Report of the Indian Hemp Drugs Commission, 1894-1895 - Volume VIII
Year: 1894
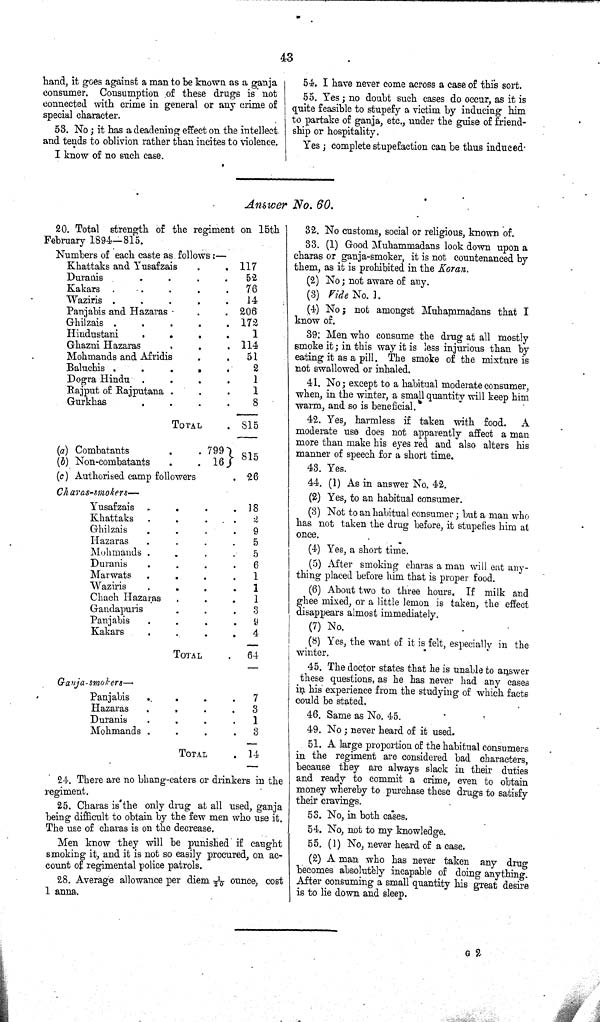
43
hand, it goes against a man to be known as a ganja
consumer. Consumption of these drugs is not
connected with crime in general or any crime of
special character.
53. No; it has a deadening effect on the intellect
and tends to oblivion rather than incites to violence.
I know of no such case.
54. I have never come across a case of this sort.
55. Yes; no doubt such cases do occur, as it is
quite feasible to stupefy a victim by inducing him
to partake of ganja, etc., under the guise of friend-
ship or hospitality.
Yes; complete stupefaction can be thus induced
Answer No. 60.
20. Total strength of the regiment on 15th
February 1894-815.
Numbers of each caste as follows:—
Khattaks and Yusafzais
117
Duranis
52
Kakars
76
Waziris
14
Panjabis and Hazaras
206
Ghilzais
172
Hindustani
1
Ghazni Hazaras
114
Mohmands and Afridis
51
Baluchis
2
Dogra Hindu
1
Rajput of Rajputana
1
Gurkhas
8
TOTAL
815
(a) Combatants
799
815799
(b) Non-combatants
16
16
(c) Authorised camp followers
26
Charas-smokers—
Yusafzais
18
Khattaks
2
Ghilzais
9
Hazaras
5
Mohmands
5
Duranis
6
Marwats
1
Waziris
1
Chach Hazaras
1
Gandapuris
3
Panjabis
9
Kakars
4
TOTAL
64
Ganja-smokers—
Panjabis
7
Hazaras
3
Duranis
1
Mohmands
3
TOTAL
14
24. There are no bhang-eaters or drinkers in the
regiment.
25. Charas is the only drug at all used, ganja
being difficult to obtain by the few men who use it.
The use of charas is on the decrease.
Men know they will be punished if caught
smoking it, and it is not so easily procured, on ac-
count of regimental police patrols.
28. Average allowance per diem 1/20 ounce, cost
1 anna.
32. No customs, social or religious, known of.
33. (1) Good Muhammadans look down upon a
charas or ganja-smoker, it is not countenanced by
them, as it is prohibited in the Koran.
(2) No; not aware of any.
(3) Vide No. 1.
(4) No; not amongst Muhammadans that I
know of.
39: Men who consume the drug at all mostly
smoke it; in this way it is less injurious than by
eating it as a pill. The smoke of the mixture is
not swallowed or inhaled.
41. No; except to a habitual moderate consumer,
when, in the winter, a small quantity will keep him
warm, and so is beneficial.
42. Yes, harmless if taken with food.
A
moderate use does not apparently affect a man
more than make his eyes red and also alters his
manner of speech for a short time.
43. Yes.
44. (1) As in answer No. 42.
(2) Yes, to an habitual consumer.
(3) Not to an habitual consumer; but a man who
has not taken the drug before, it stupefies him at
once.
(4) Yes, a short time.
(5) After smoking charas a man will eat any-
thing placed before him that is proper food.
(6) About two to three hours. If milk and
ghee mixed, or a little lemon is taken, the effect
disappears almost immediately.
(7) No.
(8) Yes, the want of it is felt, especially in the
winter.
45. The doctor states that he is unable to answer
these questions, as he has never had any cases
in his experience from the studying of which facts
could be stated.
46. Same as No. 45.
49. No; never heard of it used.
51. A large proportion of the habitual consumers
in the regiment are considered bad characters,
because they are always slack in their duties
and ready to commit a crime, even to obtain
money whereby to purchase these drugs to satisfy
their cravings.
53. No, in both cases.
54. No, not to my knowledge.
55. (1) No, never heard of a case.
(2) A man who has never taken any drug
becomes absolutely incapable of doing anything.
After consuming a small quantity his great desire
is to lie down and sleep.
G 2